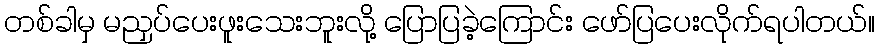
တစ်ခါမှ မညှပ်ပေးဖူးသေးဘူးလို့ ပြောပြခဲ့ကြောင်း ဖော်ပြပေးလိုက်ရပါတယ်။